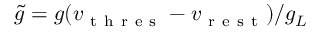
\tilde { g } = g ( v _ { \mathrm { ~ t ~ h ~ r ~ e ~ s ~ } } - v _ { \mathrm { ~ r ~ e ~ s ~ t ~ } } ) / g _ { L }